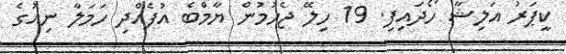
ކީޕަރު އަލިޝާ ހޯދައިފި. 19 ހިލޭ ޖެހުމުން ޔާމްބެ އުފެއްދި ހަމަލާ ނިއުގެ